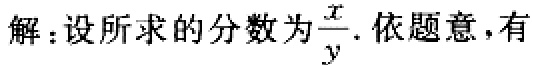
解：设所求的分数为$\frac{x}{y}$. 依题意，有